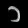
Digit: ၁